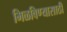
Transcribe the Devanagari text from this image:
मिळविण्‍यासाठी